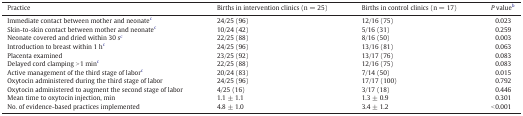
<table><thead><tr><td><b>Practice</b></td><td><b>Births in intervention clinics (n = 25)</b></td><td><b>Births in control clinics (n = 17)</b></td><td><b><i>P</i> valueb</b></td></tr></thead><tbody><tr><td>Immediate contact between mother and neonatec</td><td>24/25 (96)</td><td>12/16 (75)</td><td>0.023</td></tr><tr><td>Skin-to-skin contact between mother and neonatec</td><td>10/24 (42)</td><td>5/16 (31)</td><td>0.259</td></tr><tr><td>Neonate covered and dried within 30 sc</td><td>22/25 (88)</td><td>8/16 (50)</td><td>0.003</td></tr><tr><td>Introduction to breast within 1 hc</td><td>24/25 (96)</td><td>13/16 (81)</td><td>0.063</td></tr><tr><td>Placenta examined</td><td>23/25 (92)</td><td>13/17 (76)</td><td>0.083</td></tr><tr><td>Delayed cord clamping &gt; 1 minc</td><td>22/25 (88)</td><td>12/16 (75)</td><td>0.083</td></tr><tr><td>Active management of the third stage of laborc</td><td>20/24 (83)</td><td>7/14 (50)</td><td>0.015</td></tr><tr><td>Oxytocin administered during the third stage of labor</td><td>24/25 (96)</td><td>17/17 (100)</td><td>0.792</td></tr><tr><td>Oxytocin administered to augment the second stage of labor</td><td>4/25 (16)</td><td>3/17 (18)</td><td>0.446</td></tr><tr><td>Mean time to oxytocin injection, min</td><td>1.1 ± 1.1</td><td>1.3 ± 0.9</td><td>0.301</td></tr><tr><td>No. of evidence-based practices implemented</td><td>4.8 ± 1.0</td><td>3.4 ± 1.2</td><td>&lt; 0.001</td></tr></tbody></table>